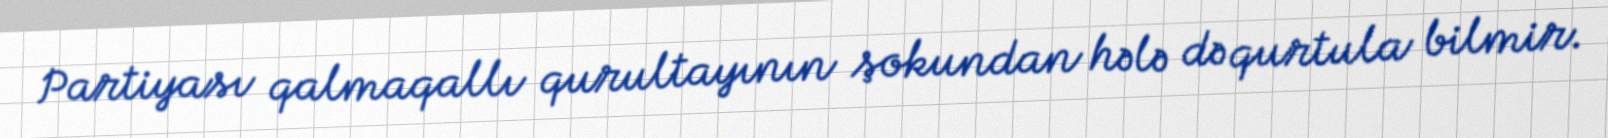
Partiyası qalmaqallı qurultayının şokundan hələ də qurtula bilmir.